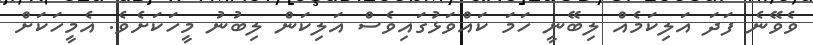
ވެވޭނެ ފަދަ އަލިކަމެއް ލިބޭނީ ހަމަ ކައްވަޅުގައިވެސް އަލިކަން ލިބުނު މީހަކަށެވެ. އެމީހަކަށް